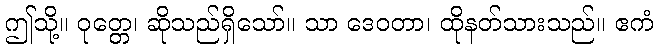
ဤသို့။ ဝုတ္တေ၊ ဆိုသည်ရှိသော်။ သာ ဒေဝတာ၊ ထိုနတ်သားသည်။ ဧကံ